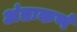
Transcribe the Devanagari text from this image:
अंतःकर्ण